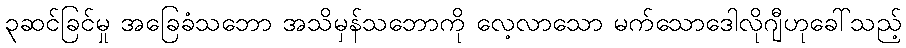
၃ဆင်ခြင်မှု အခြေခံသဘော အသိမှန်သဘောကို လေ့လာသော မက်သောဒေါလိုဂျီဟုခေါ်သည့်